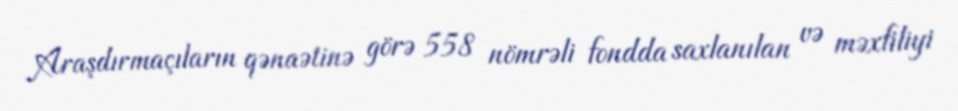
Araşdırmaçıların qənaətinə görə 558 nömrəli fondda saxlanılan və məxfiliyi